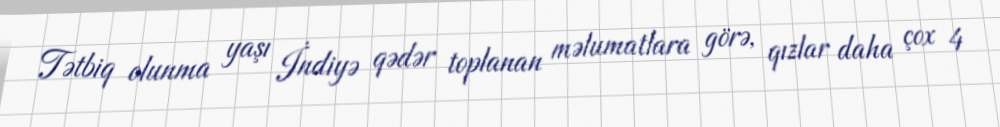
Tətbiq olunma yaşı İndiyə qədər toplanan məlumatlara görə, qızlar daha çox 4